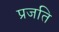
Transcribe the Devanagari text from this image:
प्रजति